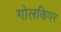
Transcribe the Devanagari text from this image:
गोलकिपर